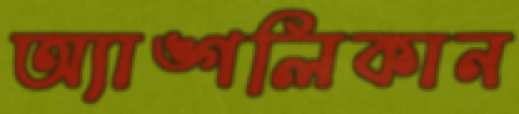
অ্যাঙ্গলিকান